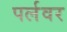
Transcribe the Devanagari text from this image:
पर्लवर